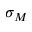
\sigma _ { M }